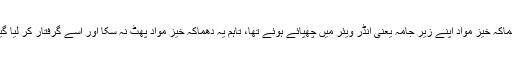
وہ دھماکہ خیز مواد اپنے زیر جامہ یعنی انڈر ویئر میں چھپائے ہوئے تھا، تاہم یہ دھماکہ خیز مواد پھٹ نہ سکا اور اسے گرفتار کر لیا گیا تھا۔